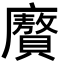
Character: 𭚍